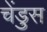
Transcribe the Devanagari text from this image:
चेंडुस